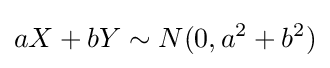
aX+bY\sim N(0,a^{2}+b^{2})